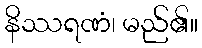
နိဿရဏံ၊ မည်၏။